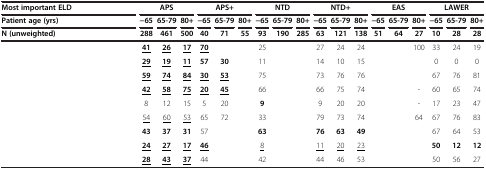
<table><thead><tr><td><b>Most important ELD</b></td><td colspan="3"><b>APS</b></td><td colspan="3"><b>APS+</b></td><td colspan="3"><b>NTD</b></td><td colspan="3"><b>NTD+</b></td><td colspan="3"><b>EAS</b></td><td colspan="3"><b>LAWER</b></td></tr><tr><td><b>Patient age (yrs)</b></td><td><b>−65</b></td><td><b>65-79</b></td><td><b>80+</b></td><td><b>−65</b></td><td><b>65-79</b></td><td><b>80+</b></td><td><b>−65</b></td><td><b>65-79</b></td><td><b>80+</b></td><td><b>−65</b></td><td><b>65-79</b></td><td><b>80+</b></td><td><b>−65</b></td><td><b>65-79</b></td><td><b>80+</b></td><td><b>−65</b></td><td><b>65-79</b></td><td><b>80+</b></td></tr><tr><td><b>N (unweighted)</b></td><td><b>288</b></td><td><b>461</b></td><td><b>500</b></td><td><b>40</b></td><td><b>71</b></td><td><b>55</b></td><td><b>93</b></td><td><b>190</b></td><td><b>285</b></td><td><b>63</b></td><td><b>121</b></td><td><b>138</b></td><td><b>51</b></td><td><b>64</b></td><td><b>27</b></td><td><b>10</b></td><td><b>28</b></td><td><b>28</b></td></tr></thead><tbody><tr><td>[EMPTY_CELL]</td><td><b><underline>41</underline></b></td><td><b><underline>26</underline></b></td><td><b><underline>17</underline></b></td><td><b><underline>70</underline></b></td><td>[EMPTY_CELL]</td><td>[EMPTY_CELL]</td><td>25</td><td>[EMPTY_CELL]</td><td>[EMPTY_CELL]</td><td>27</td><td>24</td><td>24</td><td>[EMPTY_CELL]</td><td>[EMPTY_CELL]</td><td>100</td><td>33</td><td>24</td><td>19</td></tr><tr><td>[EMPTY_CELL]</td><td><b><underline>29</underline></b></td><td><b><underline>19</underline></b></td><td><b><underline>11</underline></b></td><td><b>57</b></td><td><b>30</b></td><td>[EMPTY_CELL]</td><td>11</td><td>[EMPTY_CELL]</td><td>[EMPTY_CELL]</td><td>14</td><td>10</td><td>15</td><td>[EMPTY_CELL]</td><td>[EMPTY_CELL]</td><td>[EMPTY_CELL]</td><td>0</td><td>0</td><td>0</td></tr><tr><td>[EMPTY_CELL]</td><td><b><underline>59</underline></b></td><td><b><underline>74</underline></b></td><td><b><underline>84</underline></b></td><td><b><underline>30</underline></b></td><td><b><underline>53</underline></b></td><td>[EMPTY_CELL]</td><td>75</td><td>[EMPTY_CELL]</td><td>[EMPTY_CELL]</td><td>73</td><td>76</td><td>76</td><td>[EMPTY_CELL]</td><td>[EMPTY_CELL]</td><td>[EMPTY_CELL]</td><td>67</td><td>76</td><td>81</td></tr><tr><td>[EMPTY_CELL]</td><td><b><underline>42</underline></b></td><td><b><underline>58</underline></b></td><td><b><underline>75</underline></b></td><td><b><underline>20</underline></b></td><td><b><underline>45</underline></b></td><td>[EMPTY_CELL]</td><td>66</td><td>[EMPTY_CELL]</td><td>[EMPTY_CELL]</td><td>66</td><td>75</td><td>74</td><td>[EMPTY_CELL]</td><td>[EMPTY_CELL]</td><td>-</td><td>60</td><td>65</td><td>74</td></tr><tr><td>[EMPTY_CELL]</td><td>8</td><td>12</td><td>15</td><td>5</td><td>20</td><td>[EMPTY_CELL]</td><td><b>9</b></td><td>[EMPTY_CELL]</td><td>[EMPTY_CELL]</td><td>9</td><td>20</td><td>20</td><td>[EMPTY_CELL]</td><td>[EMPTY_CELL]</td><td>-</td><td>17</td><td>23</td><td>47</td></tr><tr><td>[EMPTY_CELL]</td><td><underline>54</underline></td><td><underline>60</underline></td><td><underline>53</underline></td><td>65</td><td>72</td><td>[EMPTY_CELL]</td><td>33</td><td>[EMPTY_CELL]</td><td>[EMPTY_CELL]</td><td>79</td><td>73</td><td>74</td><td>[EMPTY_CELL]</td><td>[EMPTY_CELL]</td><td>64</td><td>67</td><td>76</td><td>83</td></tr><tr><td>[EMPTY_CELL]</td><td><b>43</b></td><td><b>37</b></td><td><b>31</b></td><td>57</td><td>[EMPTY_CELL]</td><td>[EMPTY_CELL]</td><td><b>63</b></td><td>[EMPTY_CELL]</td><td>[EMPTY_CELL]</td><td><b>76</b></td><td><b>63</b></td><td><b>49</b></td><td>[EMPTY_CELL]</td><td>[EMPTY_CELL]</td><td>[EMPTY_CELL]</td><td>67</td><td>64</td><td>53</td></tr><tr><td>[EMPTY_CELL]</td><td><b><underline>24</underline></b></td><td><b><underline>27</underline></b></td><td><b><underline>17</underline></b></td><td><b><underline>46</underline></b></td><td>[EMPTY_CELL]</td><td>[EMPTY_CELL]</td><td><underline>8</underline></td><td>[EMPTY_CELL]</td><td>[EMPTY_CELL]</td><td><underline>11</underline></td><td><underline>20</underline></td><td><underline>23</underline></td><td>[EMPTY_CELL]</td><td>[EMPTY_CELL]</td><td>[EMPTY_CELL]</td><td><b>50</b></td><td><b>12</b></td><td><b>12</b></td></tr><tr><td>[EMPTY_CELL]</td><td><b><underline>28</underline></b></td><td><b><underline>43</underline></b></td><td><b><underline>37</underline></b></td><td>44</td><td>[EMPTY_CELL]</td><td>[EMPTY_CELL]</td><td>42</td><td>[EMPTY_CELL]</td><td>[EMPTY_CELL]</td><td>44</td><td>46</td><td>53</td><td>[EMPTY_CELL]</td><td>[EMPTY_CELL]</td><td>[EMPTY_CELL]</td><td>50</td><td>56</td><td>27</td></tr></tbody></table>